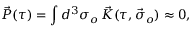
\vec { \cal P } ( \tau ) = \int d ^ { 3 } \sigma _ { o } \, \vec { K } ( \tau , \vec { \sigma } _ { o } ) \approx 0 ,